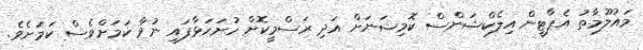
މައުލޫމާތު އެޕާޓީން އިލެކްޝަންސް ކޮމިޝަނަށް އަދި ރަސްމީކޮށް ހުށަހަޅާފައި ނުވާ ކަމަށްވެސް ކަމަށެެވެ.